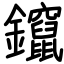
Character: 鑹